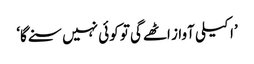
’اکیلی آواز اٹھےگی تو کوئی نہیں سنے گا‘